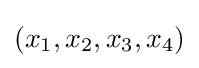
(x_{1},x_{2},x_{3},x_{4})